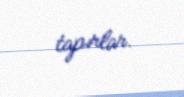
tapırlar.